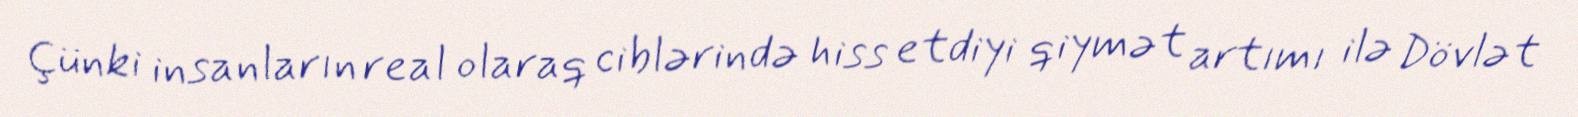
Çünki insanların real olaraq ciblərində hiss etdiyi qiymət artımı ilə Dövlət